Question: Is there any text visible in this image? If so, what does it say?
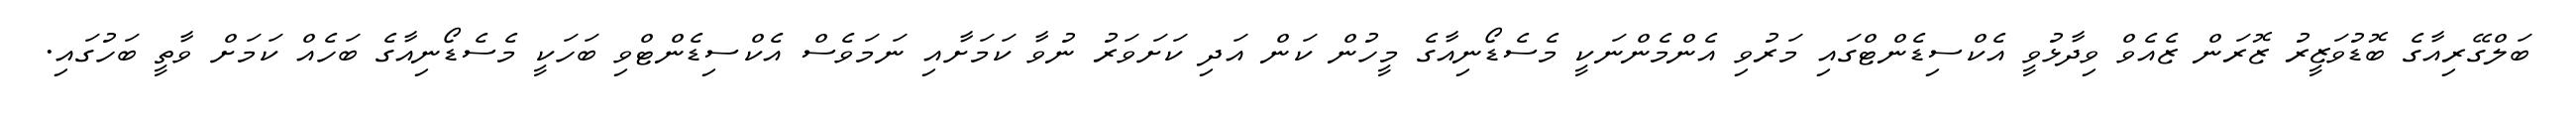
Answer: ބަލްގޭރިއާގެ ބޮޑުވަޒީރު ޒޮރަން ޒެއެވް ވިދާޅުވީ އެކްސިޑެންޓްގައި މަރުވި އެންމެންނަކީ މެސެޑޯނިއާގެ މީހުން ކަން އަދި ކަށަވަރު ނުވާ ކަމަށާއި ނަމަވެސް އެކްސިޑެންޓްވި ބަހަކީ މެސެޑޯނިއާގެ ބަހެއް ކަމަށް ވާތީ ބަހުގައި.